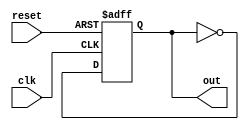
// This program was cloned from: https://github.com/YosysHQ/apicula
// License: MIT License

module top ( out, clk, reset );
    output out;
    input clk, reset;
    reg out;

    always @(posedge clk, posedge reset)
      if (reset)
          out <= 0;
      else
          out <= ~out;
endmodule